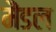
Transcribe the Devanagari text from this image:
मैंडल